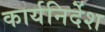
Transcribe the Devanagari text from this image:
कार्यनिर्देश